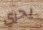
يحري